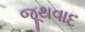
જૂથવાદ